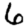
Digit: 6